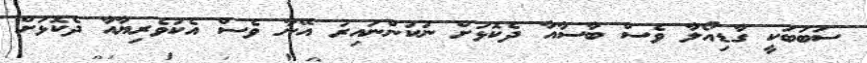
ސަބަބަކީ ގާޑިއޯލާ ވެސް ބާސާއާ ދެކޮޅަށް ނުކުންނައިރު އޭނާ ވެސް އެކުވެރިޔާއާ ދެކޮޅަށް